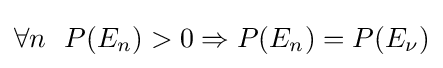
\forall n\ \ P(E_{n})>0\Rightarrow P(E_{n})=P(E_{\nu })